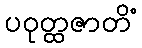
ပဝုတ္ထဇာတိံ